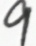
9